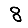
Digit: 8